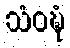
သံဝဍ္ဎံ